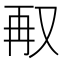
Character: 𭁥